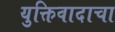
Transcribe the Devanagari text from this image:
युक्तिवादाचा